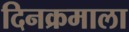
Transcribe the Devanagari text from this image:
दिनक्रमाला